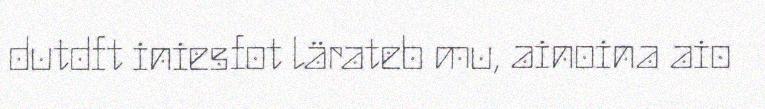
dutdft iniesfot lärateb mu, ainoina aio